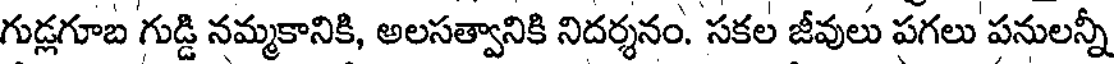
గుడ్లగూబ గుడ్డి నమ్మకానికి, అలసత్వానికి నిదర్శనం. సకల జీవులు పగలు పనులన్నీ